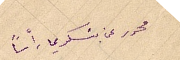
محرر عن بسَكريما رأساً